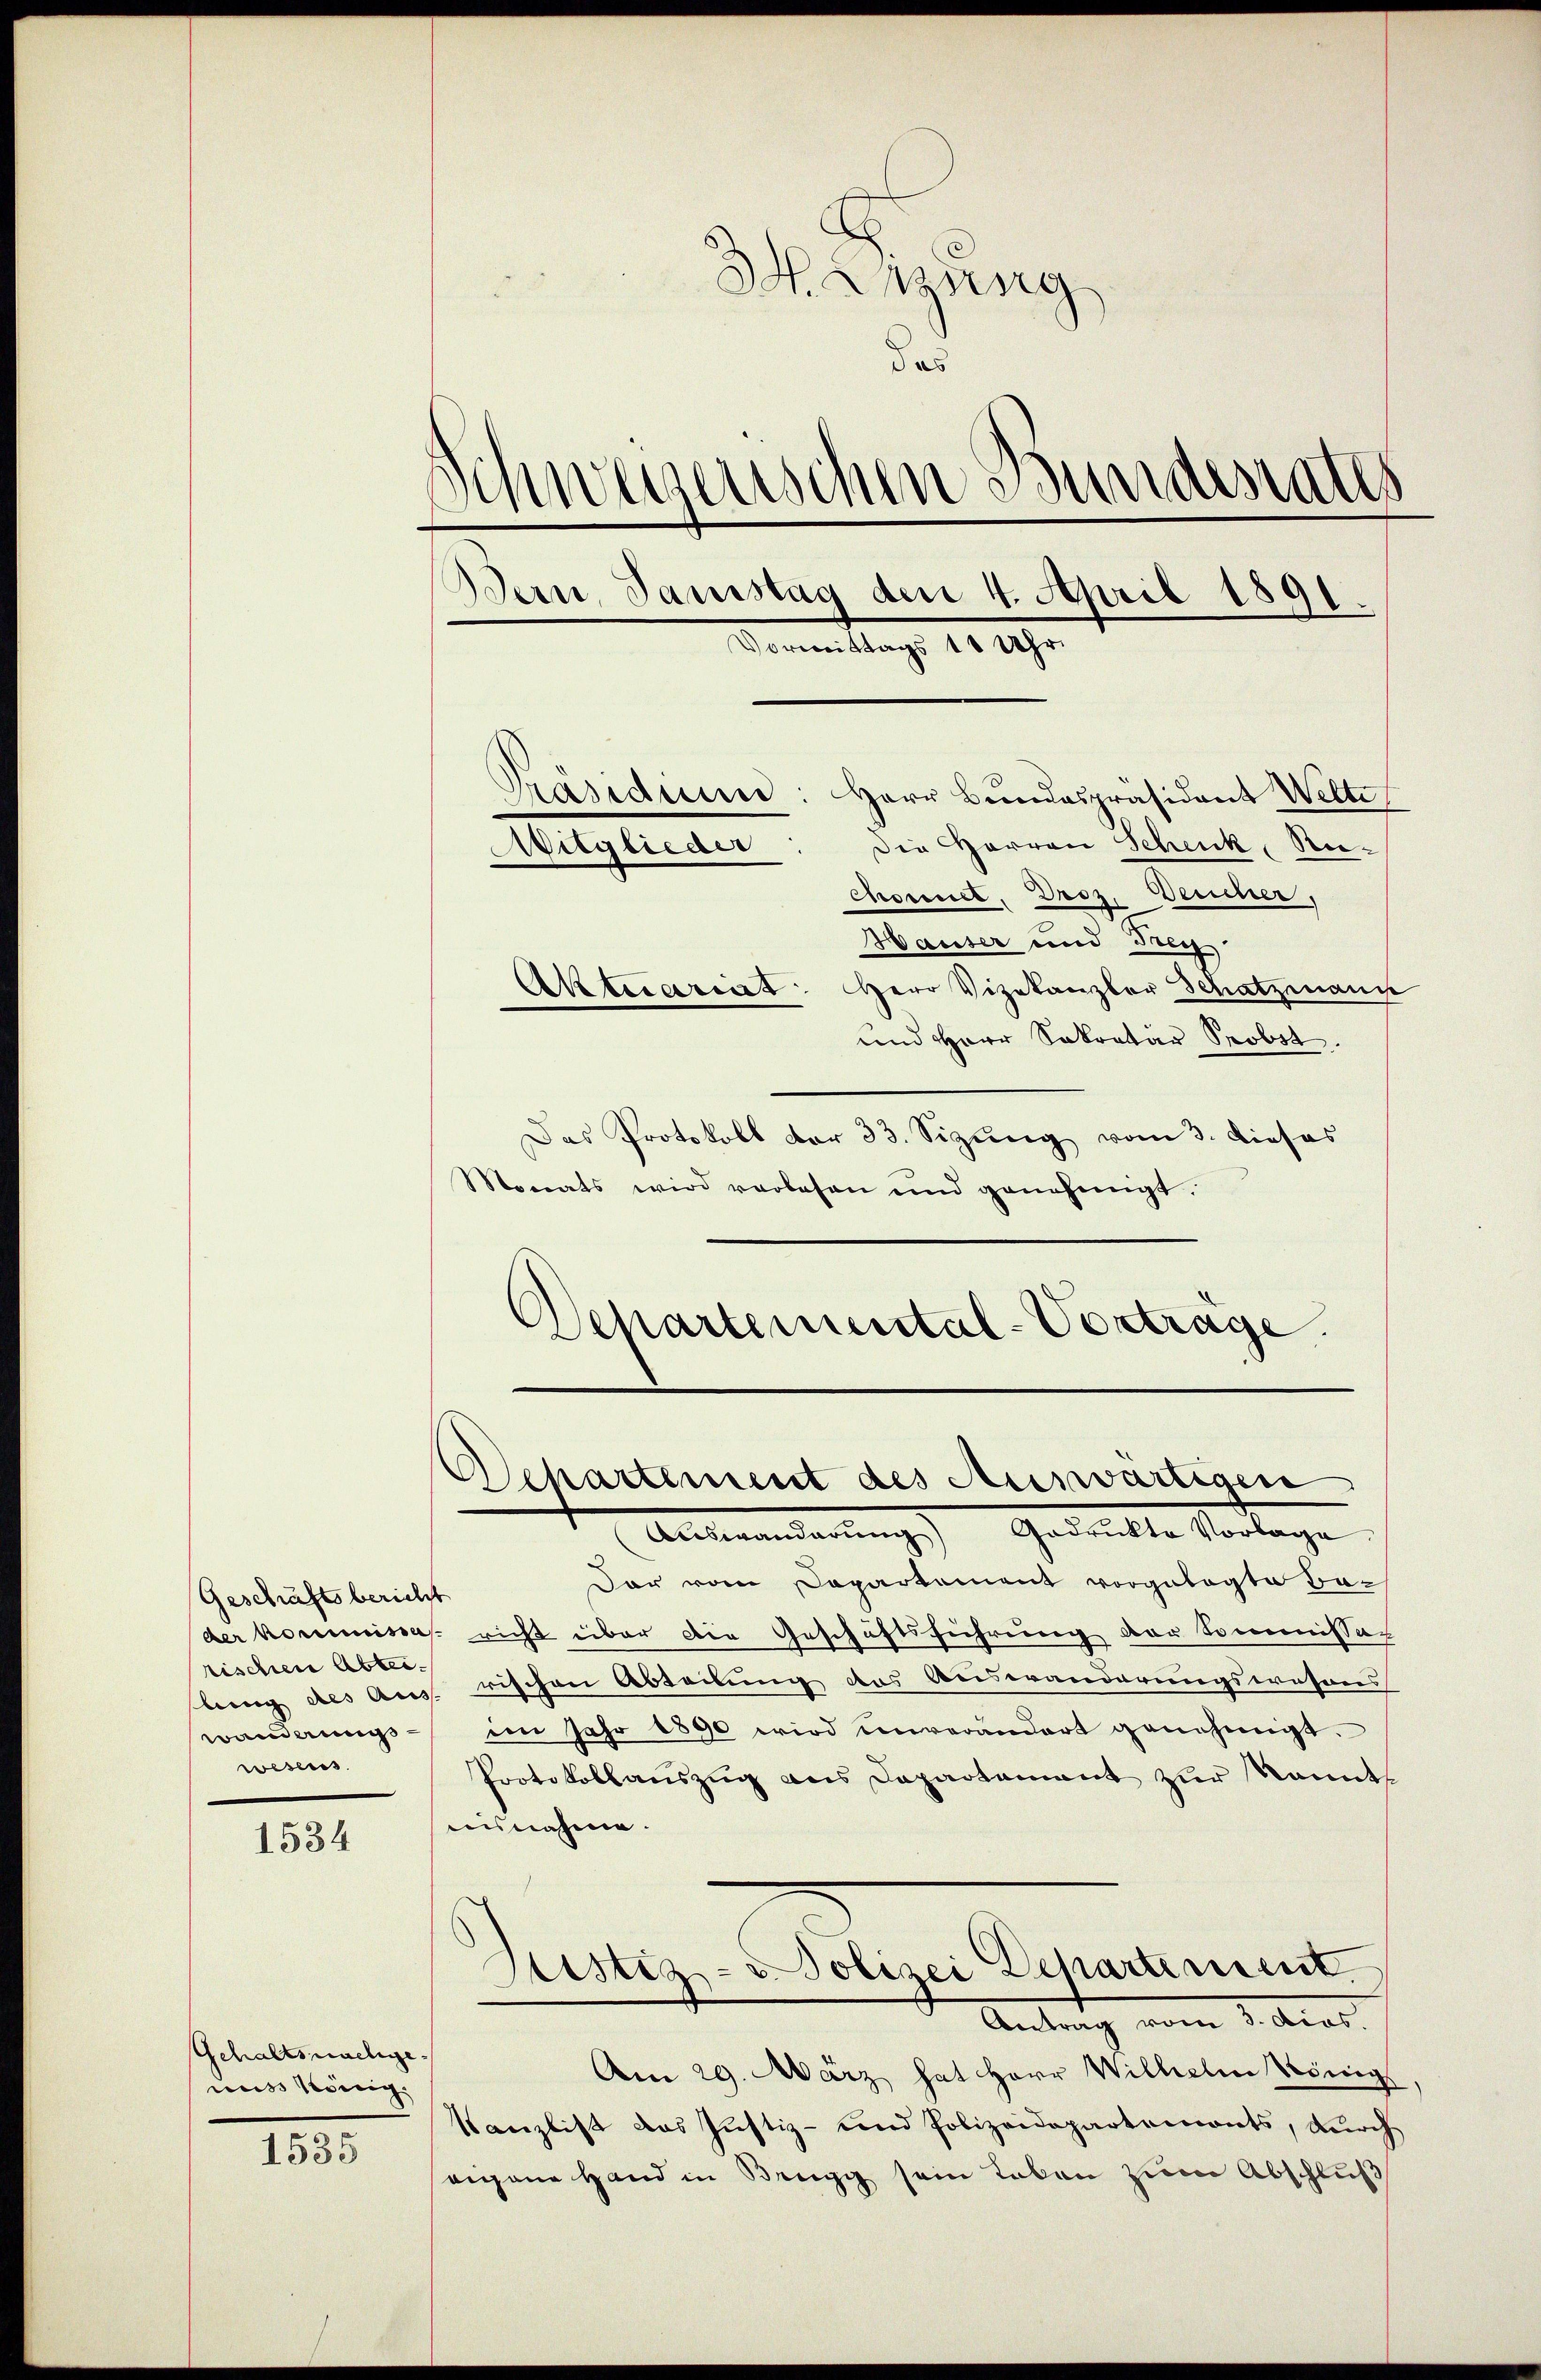
Geschäftsbericht
rischen Abtei
wanderung
wesens.

1534

Gehaltsmalige
uus König.

1535

H. Weing
das
d
ningenschen Bundesraths
Bern, Samstag den 4. April 1891.
Vormittags 10 Uhr
Präsidiine: Herr Bundespräsident Wette
Die HHerren Schenk, Re¬
Mitglieder
Chornet. Droz. Deucher,

Hauser und Frey.
Aktecariat Herr Vizekanzler Schatzmann
und Herr Sekretär Probst.
Das Protokoll der 33. Sizung vom 3. Dieses
Monats wird verlesen und genehmigt.
Departemental-Vortrage.

Departement des Auswärtigen

Auswanderungs Gedrückte Vorlage
dar vom Departement vorgelegte Bader Kommissas richt über die Geschäftsführung der Sommissac
bung des Aus rischen Abteilung des Auswanderungswesens
i Jahr 1890 wird unverändert genehmigt.
Protokollaŭszŭg ans Departamant zŭr Kannt
ausnahme.
Sistiz- u. Polizei Departement
Antrag vom 2. Art.
Am 29. März hat Herr Wilhelm König
Kanzlist das Justiz- und Polizeidepartemonts, durch
eigane Hand in Brugg sein Leben zum Abschluß